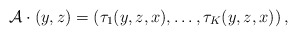
\begin{align*}\mathcal A\cdot(y, z) = \left(\tau_1(y, z, x), \dots, \tau_K(y, z, x)\right),\end{align*}